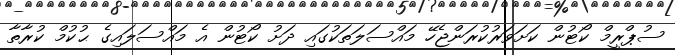
ސުޕްރީމް ކޯޓުން ކަށަވަރުކުރަންޖެހޭ މައްސަލަތަކުގައި ދަށު ކޯޓުން އެ މައްސަލައިގެ ޙުކުމް ކުރާތާ